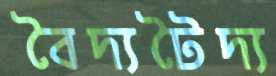
বৈদ্যটৈদ্য